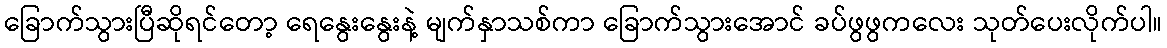
ခြောက်သွားပြီဆိုရင်တော့ ရေနွေးနွေးနဲ့ မျက်နှာသစ်ကာ ခြောက်သွားအောင် ခပ်ဖွဖွကလေး သုတ်ပေးလိုက်ပါ။